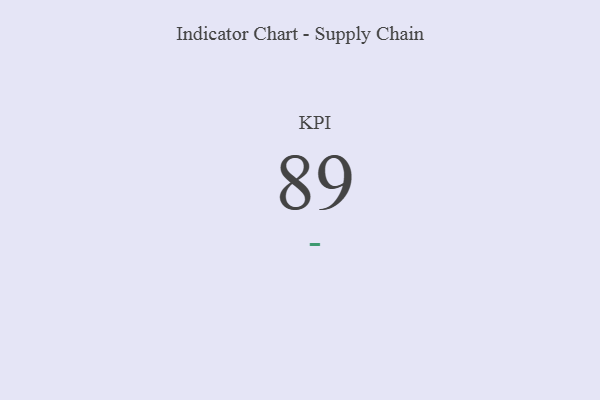
{"axis": {"x": "KPI", "y": "Value"}, "legend": [""], "data": [{"x": "KPI", "y": 89, "type": ""}]}